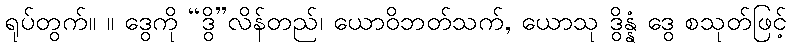
ရုပ်တွက်။ ။ ဒွေကို “ဒွိ”လိန်တည်၊ ယောဝိဘတ်သက်, ယောသု ဒွိန္နံ ဒွေ စသုတ်ဖြင့်